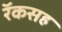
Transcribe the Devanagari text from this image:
रॅकसह